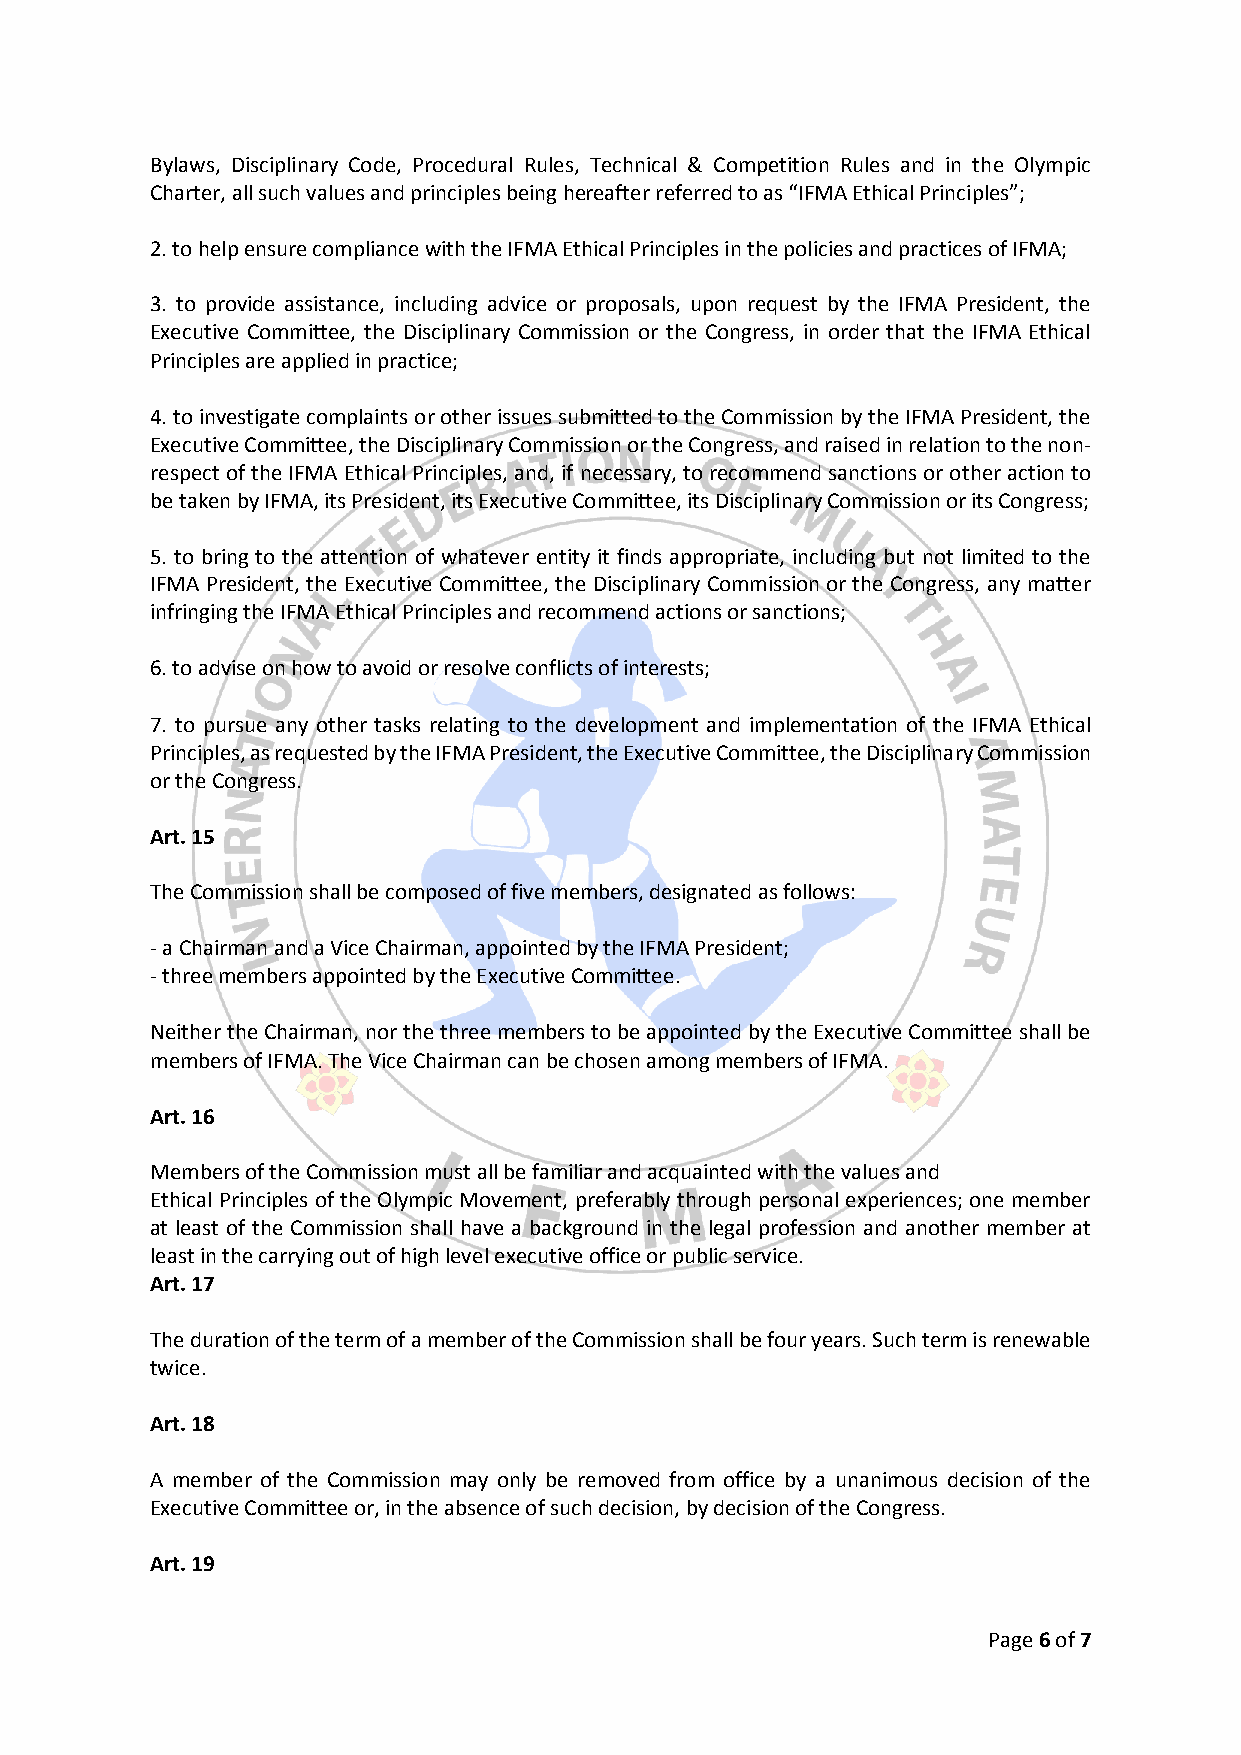
Bylaws, Disciplinary Code, Procedural Rules, Technical & Competition Rules and in the Olympic
 Charter, all such values and principles being hereafter referred to as “IFMA Ethical Principles”;
 2. to help ensure compliance with the IFMA Ethical Principles in the policies and practices of IFMA;
 3. to provide assistance, including advice or proposals, upon request by the IFMA President, the
 Executive Committee, the Disciplinary Commission or the Congress, in order that the IFMA Ethical
 Principles are applied in practice;
 4. to investigate complaints or other issues submitted to the Commission by the IFMA President, the
 Executive Committee, the Disciplinary Commission or the Congress, and raised in relation to the non-
 respect of the IFMA Ethical Principles, and, if necessary, to recommend sanctions or other action to
 be taken by IFMA, its President, its Executive Committee, its Disciplinary Commission or its Congress;
 5. to bring to the attention of whatever entity it finds appropriate, including but not limited to the
 IFMA President, the Executive Committee, the Disciplinary Commission or the Congress, any matter
 infringing the IFMA Ethical Principles and recommend actions or sanctions;
 6. to advise on how to avoid or resolve conflicts of interests;
 7. to pursue any other tasks relating to the development and implementation of the IFMA Ethical
 Principles, as requested by the IFMA President, the Executive Committee, the Disciplinary Commission
 or the Congress.
 Art. 15
 The Commission shall be composed of five members, designated as follows:
 - a Chairman and a Vice Chairman, appointed by the IFMA President;
 - three members appointed by the Executive Committee.
 Neither the Chairman, nor the three members to be appointed by the Executive Committee shall be
 members of IFMA. The Vice Chairman can be chosen among members of IFMA.
 Art. 16
 Members of the Commission must all be familiar and acquainted with the values and
 Ethical Principles of the Olympic Movement, preferably through personal experiences; one member
 at least of the Commission shall have a background in the legal profession and another member at
 least in the carrying out of high level executive office or public service.
 Art. 17
 The duration of the term of a member of the Commission shall be four years. Such term is renewable
 twice.
 Art. 18
 A member of the Commission may only be removed from office by a unanimous decision of the
 Executive Committee or, in the absence of such decision, by decision of the Congress.
 Art. 19
 Page 6 of 7